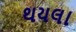
થયલા